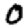
Digit: 0